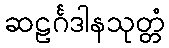
ဆဠင်္ဂဒါနသုတ္တံ